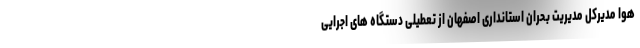
هوا مدیرکل مدیریت بحران استانداری اصفهان از تعطیلی دستگاه های اجرایی